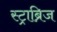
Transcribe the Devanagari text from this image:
स्ट्राब्रिज